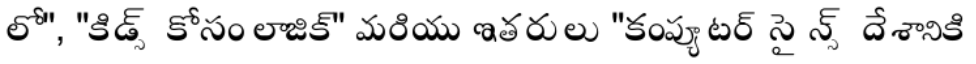
లో", "కిడ్స్ కోసం లాజిక్" మరియు ఇతరులు "కంప్యూటర్ సైన్స్ దేశానికి